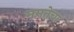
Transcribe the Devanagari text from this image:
ममतेचा